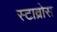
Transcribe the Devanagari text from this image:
स्टाव्रोस